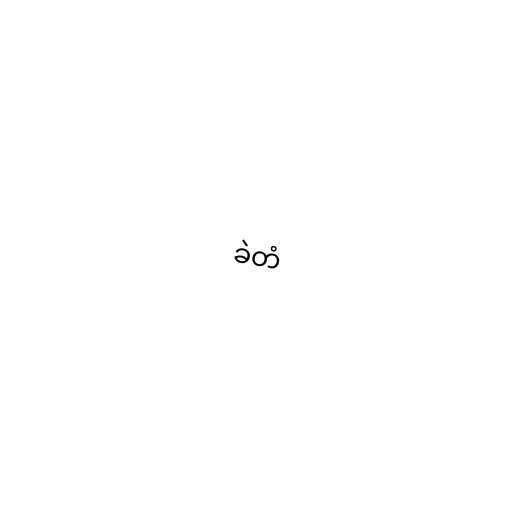
ခဲတံ